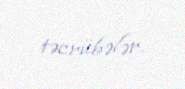
təcrübələr.